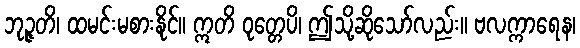
ဘုဉ္ဇတိ၊ ထမင်းမစားနိုင်။ ဣတိ ဝုတ္တေပိ၊ ဤသို့ဆိုသော်လည်း။ ဗလက္ကာရေန၊